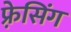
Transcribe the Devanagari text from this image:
फ़्रेसिंग